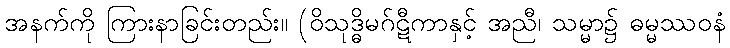
အနက်ကို ကြားနာခြင်းတည်း။ (ဝိသုဒ္ဓိမဂ်ဋီကာနှင့် အညီ၊ သမ္မာ၌ ဓမ္မဿဝနံ